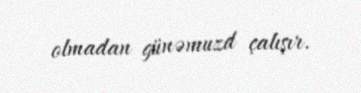
olmadan günəmuzd çalışır.